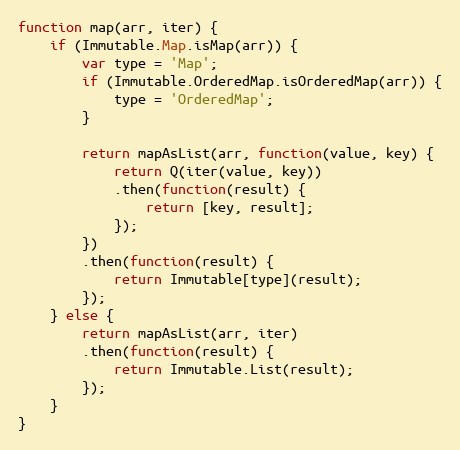
Language: JavaScript
function map(arr, iter) {
    if (Immutable.Map.isMap(arr)) {
        var type = 'Map';
        if (Immutable.OrderedMap.isOrderedMap(arr)) {
            type = 'OrderedMap';
        }

        return mapAsList(arr, function(value, key) {
            return Q(iter(value, key))
            .then(function(result) {
                return [key, result];
            });
        })
        .then(function(result) {
            return Immutable[type](result);
        });
    } else {
        return mapAsList(arr, iter)
        .then(function(result) {
            return Immutable.List(result);
        });
    }
}